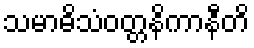
သမာဓိသံဝတ္တနိကာနီတိ